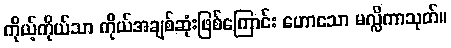
ကိုယ့်ကိုယ်သာ ကိုယ်အချစ်ဆုံးဖြစ်ကြောင်း ဟောသော မလ္လိကာသုတ်။